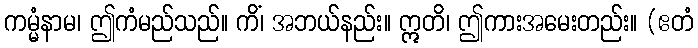
ကမ္မံနာမ၊ ဤကံမည်သည်။ ကိံ၊ အဘယ်နည်း။ ဣတိ၊ ဤကားအမေးတည်း။ (ဧတံ